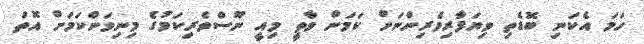
ހަމަ އެކަނި ބޮޑެތި ވިޔަފާރިވެރިންނަށް ކަމަށް ވާތީ މިއީ ނޫސްވެރިކަމުގެ މިނިވަންކަމަށް އޮތް